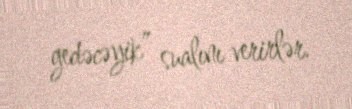
gedəcəyik” sualını verirlər.